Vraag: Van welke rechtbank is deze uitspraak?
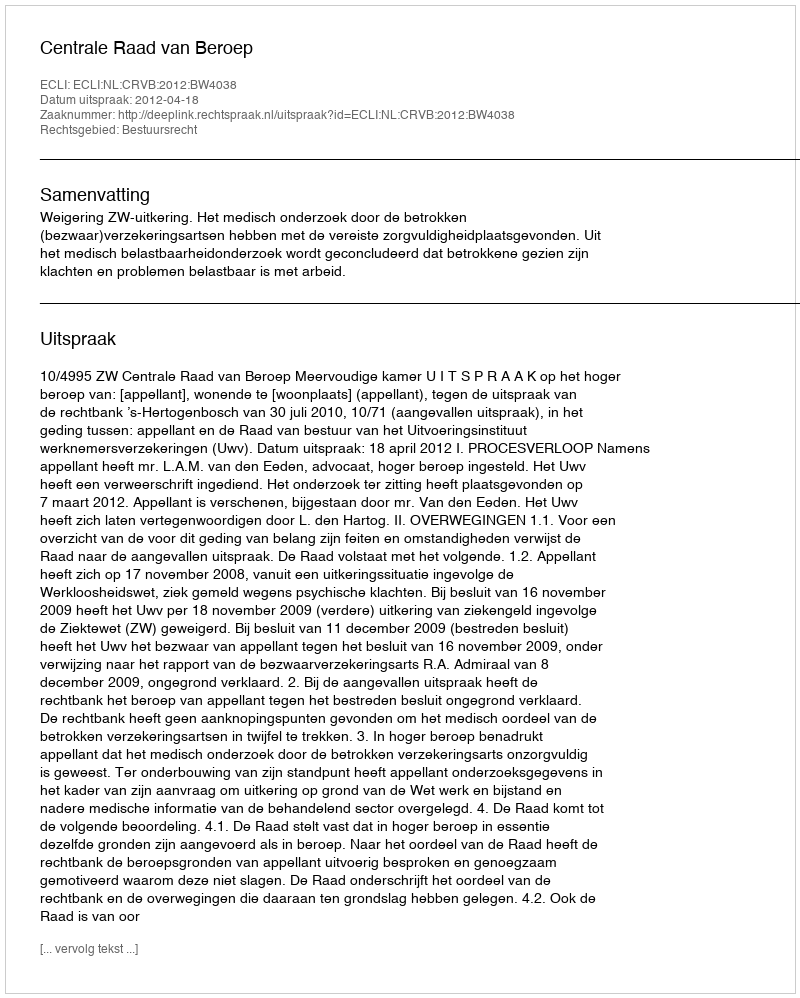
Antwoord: Centrale Raad van Beroep